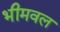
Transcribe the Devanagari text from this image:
भीमवल